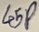
Text: 45P